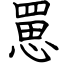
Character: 罳